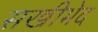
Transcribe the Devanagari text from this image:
सखीभेद